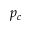
p _ { c }